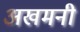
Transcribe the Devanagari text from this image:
अखमनी